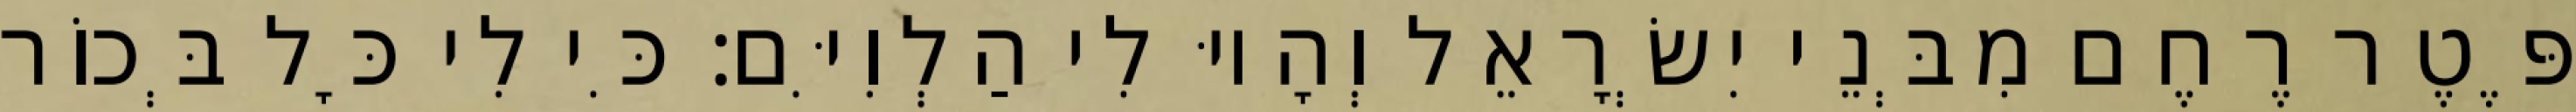
פֶּטֶר רֶחֶם מִבְּנֵי יִשְׂרָאֵל וְהָיוּ לִי הַלְוִיִּם׃ כִּי לִי כָּל בְּכוֹר